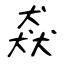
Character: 猋